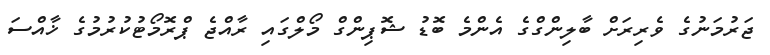
ޖަރުމަނުގެ ވެރިރަށް ބާލިންގްގެ އެންމެ ބޮޑު ޝޮޕިންގް މޯލްގައި ރާއްޖެ ޕްރޮމޯޓުކުރުމުގެ ޚާއްސަ